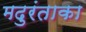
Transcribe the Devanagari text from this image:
मदुरंताका